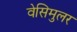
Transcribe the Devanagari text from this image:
वेसिमुलर